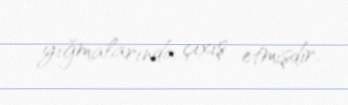
yığmalarında çıxış etmişdir.